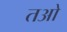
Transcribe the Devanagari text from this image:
तओ